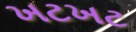
ખટખટ